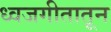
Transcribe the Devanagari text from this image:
ध्वजगीतातून